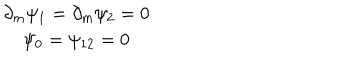
LaTeX: \begin{array} { c } { { \partial _ { m } \psi _ { 1 } = \partial _ { m } \psi _ { 2 } = 0 } } \\ { { \psi _ { 0 } = \psi _ { 1 2 } = 0 } } \\ \end{array}